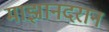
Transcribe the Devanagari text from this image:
माझानदरान